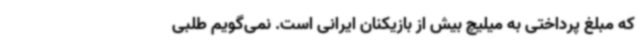
که مبلغ پرداختی به میلیچ بیش از بازیکنان ایرانی است. نمی‌گویم طلبی